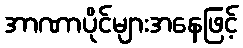
အာဏာပိုင်များအနေဖြင့်